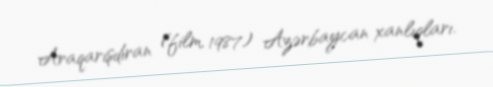
Araqarışdıran (film, 1987) Azərbaycan xanlıqları.